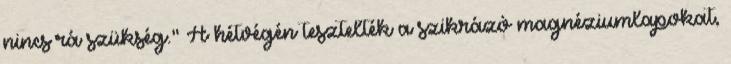
nincs rá szükség." A hétvégén tesztelték a szikrázó magnéziumlapokat,